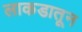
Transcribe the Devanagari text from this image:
लाकडातून